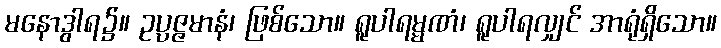
မနောဒွါရ၌။ ဥပ္ပဇ္ဇမာနံ၊ ဖြစ်သော။ ရူပါရမ္မဏံ၊ ရူပါရလျှင် အာရုံရှိသော။